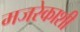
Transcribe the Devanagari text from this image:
मजरेकाशी